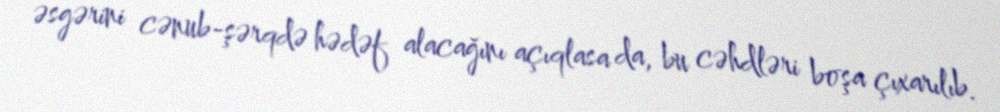
əsgərini cənub-şərqdə hədəf alacağını açıqlasa da, bu cəhdləri boşa çıxarılıb.